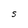
Character: S